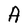
Character: A